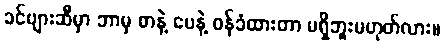
ခင်ဗျားဆီမှာ ဘာမှ စာနဲ့ ပေနဲ့ ဝန်ခံထားတာ မရှိဘူးမဟုတ်လား။